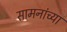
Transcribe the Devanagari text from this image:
सामनांच्या